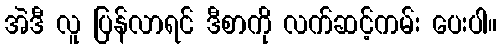
အဲဒီ လူ ပြန်လာရင် ဒီစာကို လက်ဆင့်ကမ်း ပေးပါ။